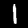
Label: 1